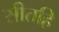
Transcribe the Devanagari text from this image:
सीतहि